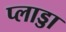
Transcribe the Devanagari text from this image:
प्लाड्डा